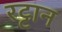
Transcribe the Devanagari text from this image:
रट्टान